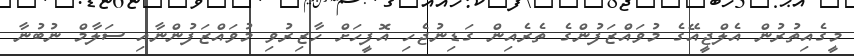
މީގެއިތުރުން އެލްޖީއޭގެ މުވައްޒަފުންގެ ތެރެއިން ގަޑިނުޖެހި އޮފީހަށް ހާޒިރުވި މުވައްޒަފުންނާއި ސަލާމް ނުބުނާ